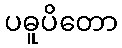
ပဓူပိတော